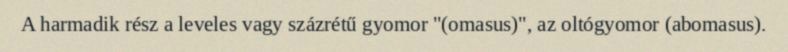
A harmadik rész a leveles vagy százrétű gyomor "(omasus)", az oltógyomor (abomasus).